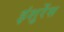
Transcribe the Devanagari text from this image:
इंशुरेंस